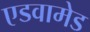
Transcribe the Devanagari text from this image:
एडवामेड